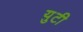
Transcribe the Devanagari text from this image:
युटी